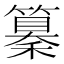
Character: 𥣚